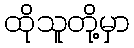
ထိုသူတို့မှာ